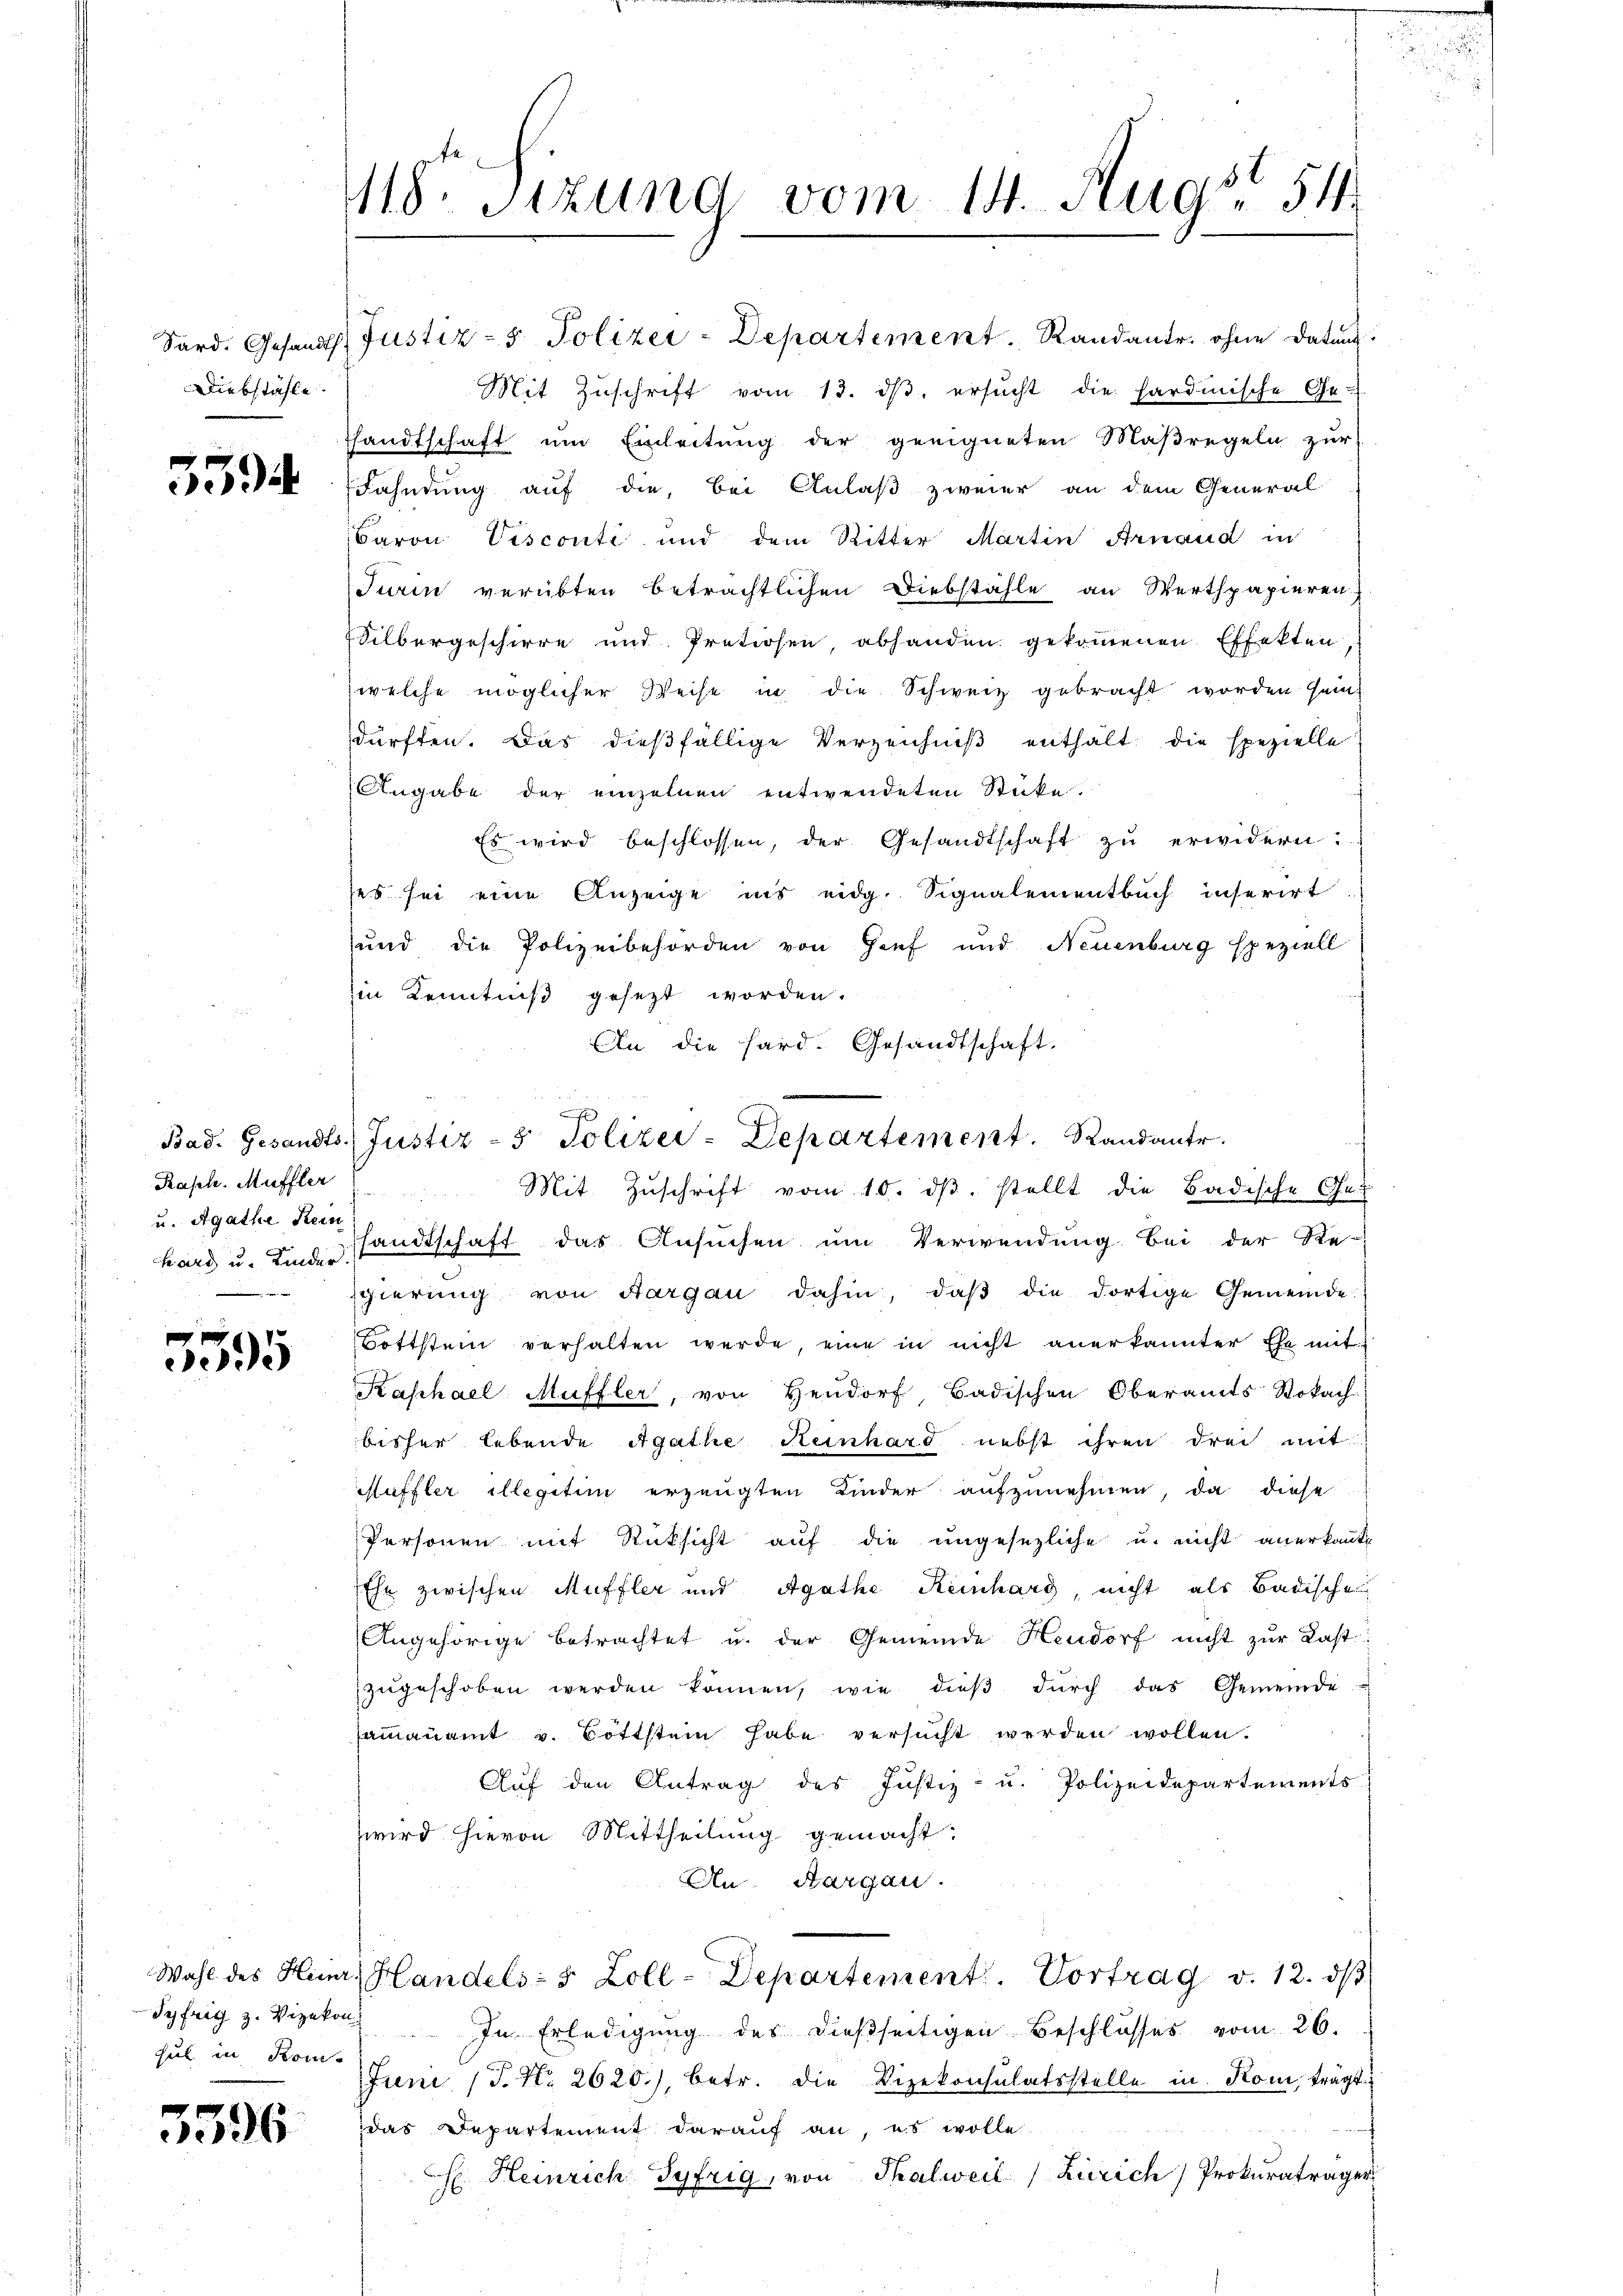
Diebstähle.

5594

5595

Sard. Gesandts Justiz- & Polizei-Departement. Randantr. ohne datum.
Mit Zŭschrift vom 13. dβ. ersŭcht die hardinische Ge-
sandtschaft um Einleitung der geeigneten Maßregeln zur
Fahndung auf die, bei Anlaß zweier an dem General-
Baron Visconti und dem Ritter Martin Arnand in
Turin verübten beträchtlichen Diebstähle an Werthpapieren
Silbergeschirre und Pretiosen, abhanden gekommenen Effekten,
welche möglicher Weise in die Schweiz gebracht worden sein.
dürften. Das dießfällige Verzeichniß enthält die spezielle
Angabe der einzelnen entwendeten Stücke.
Es wird beschlossen, der Gesandtschaft zu erwidern.
ses sei eine Anzeige ins eidg. Signalementbuch inferirt
und die Polizeibehörden von Genf und Neuenburg speziell
in Kenntniß gesezt worden.
An die hard. Gesandtschaft.
Hard u. Lindesandtschaft das Ansuchen um Verwendung bei der Re-
sgierung von Aargau dahin, daβ die dortige Gemeinde-
Bottstein verhalten werde, eine in nicht anerkannter Ehe mit
Kaphael Muffler, von Hendorf, Badischen Oberamts-Sokach
bisher lebende Agathe Reinhard nebst ihren drei mit
Suffler illegitim erzeugten Kinder aufzunehmen, da diese
Personen mit Rücksicht auf die ungesezliche u. nicht anerkannte
Ehe zwischen Muffler und Agathe Keinhard, nicht als Badische
Angehörige betrachtet u. der Gemeinde Hendorf nicht zur Last
zŭgeschoben werden können, wie dieβ dŭrch das Gemeinde-
saṁaṅamt v. Böttstein habe versŭcht werden wollen.
Aŭf den Antrag des Justiz- u. Polizeidepartements
wird hievon Mittheilung gemacht:
An. Aargau.
Wahl des Herr Handels- & Zoll-Departement. Vortrag v. 12. dβ
In Erledigung des dießseitigen Beschlosses vom 26.
Juni (T. Nr. 2620./, betr. die Vizekonsulatsstelle in Kom, trägt
das Departement darauf an, es wolle
H Heinrich Syfrig, von Thalweil Zürich) Prokuraträger

Syfrig z. Vizekon
hul in Kon-

e36

118. Sitzung vom 14. Aug. 54

Raph. Muffler
u. Agathe Rein

x
Bad. Gesandts Justiz- & Polizei-Departement. Randantr
Mit Zuschrift vom 10. dβ stellt die Badische Ges